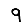
Digit: 9